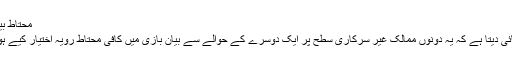
محتاط بیان بازی
ایسا دکھائی دیتا ہے کہ یہ دونوں ممالک غیر سرکاری سطح پر ایک دوسرے کے حوالے سے بیان بازی میں کافی محتاط رویہ اختیار کیے ہوئے ہیں۔